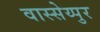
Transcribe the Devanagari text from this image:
वास्सेय्पुर